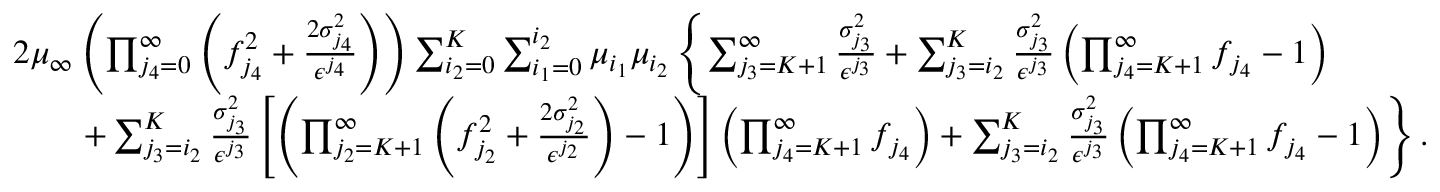
\begin{array} { r l } & { 2 \mu _ { \infty } \left( \prod _ { j _ { 4 } = 0 } ^ { \infty } \left( f _ { j _ { 4 } } ^ { 2 } + \frac { 2 \sigma _ { j _ { 4 } } ^ { 2 } } { \epsilon ^ { j _ { 4 } } } \right) \right) \sum _ { i _ { 2 } = 0 } ^ { K } \sum _ { i _ { 1 } = 0 } ^ { i _ { 2 } } \mu _ { i _ { 1 } } \mu _ { i _ { 2 } } \left\{ \sum _ { j _ { 3 } = K + 1 } ^ { \infty } \frac { \sigma _ { j _ { 3 } } ^ { 2 } } { \epsilon ^ { j _ { 3 } } } + \sum _ { j _ { 3 } = i _ { 2 } } ^ { K } \frac { \sigma _ { j _ { 3 } } ^ { 2 } } { \epsilon ^ { j _ { 3 } } } \left( \prod _ { j _ { 4 } = K + 1 } ^ { \infty } f _ { j _ { 4 } } - 1 \right) \right. } \\ & { \qquad \left. + \sum _ { j _ { 3 } = i _ { 2 } } ^ { K } \frac { \sigma _ { j _ { 3 } } ^ { 2 } } { \epsilon ^ { j _ { 3 } } } \left[ \left( \prod _ { j _ { 2 } = K + 1 } ^ { \infty } \left( f _ { j _ { 2 } } ^ { 2 } + \frac { 2 \sigma _ { j _ { 2 } } ^ { 2 } } { \epsilon ^ { j _ { 2 } } } \right) - 1 \right) \right] \left( \prod _ { j _ { 4 } = K + 1 } ^ { \infty } f _ { j _ { 4 } } \right) + \sum _ { j _ { 3 } = i _ { 2 } } ^ { K } \frac { \sigma _ { j _ { 3 } } ^ { 2 } } { \epsilon ^ { j _ { 3 } } } \left( \prod _ { j _ { 4 } = K + 1 } ^ { \infty } f _ { j _ { 4 } } - 1 \right) \right\} . } \end{array}